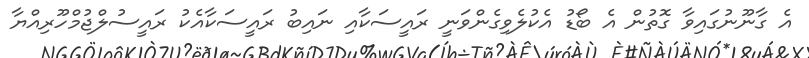
އެ ގާނޫނުގަައިވާ ގޮތުން އެ ބޯޑު އެކުލެވިގެންވަނީ ރައީސަކާއި ނައިބު ރައީސަކާއެކު ރައީސުލްޖުމްހޫރިއްޔާ